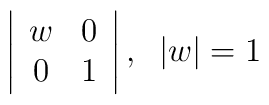
\left| \begin{array}{cc}w&0\\0&1\end{array}\right|,\;\;|w|=1